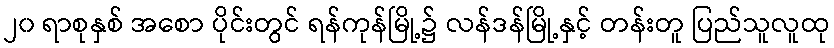
၂၀ ရာစုနှစ် အစော ပိုင်းတွင် ရန်ကုန်မြို့၌ လန်ဒန်မြို့နှင့် တန်းတူ ပြည်သူလူထု